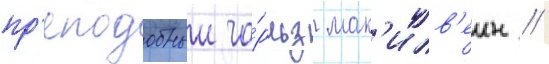
пр'еподобныи ча́рльз мак'илв'еин /